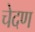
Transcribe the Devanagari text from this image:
चेदण